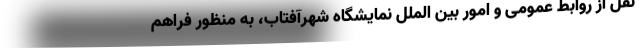
نقل از روابط عمومی و امور بین الملل نمایشگاه شهرآفتاب، به منظور فراهم